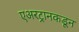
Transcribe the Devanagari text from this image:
एअरट्रानकडून